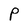
Character: P